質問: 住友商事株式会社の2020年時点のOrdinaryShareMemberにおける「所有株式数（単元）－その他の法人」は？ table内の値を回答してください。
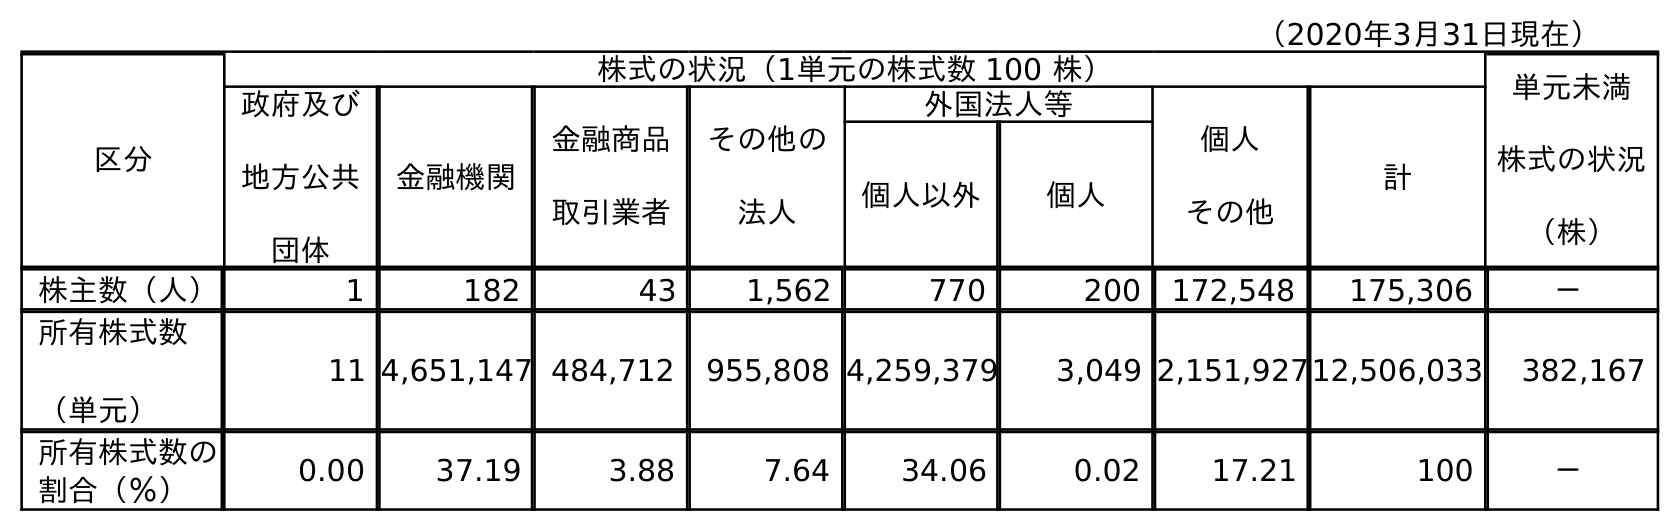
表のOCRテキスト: （2020年3月31日現在） 区分 株式の状況（1単元の株式数 100 株） 単元未満 株式の状況 （株） 政府及び 地方公共 団体 金融機関 金融商品 取引業者 その他の 法人 外国法人等 個人 その他 計 個人以外 個人 株主数（人） 1 182 43 1,562 770 200 172,548 175,306 － 所有株式数 （単元） 11 4,651,147 484,712 955,808 4,259,379 3,049 2,151,92712,506,033 382,167 所有株式数の 割合（％） 0.00 37.19 3.88 7.64 34.06 0.02 17.21 100 －
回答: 955,808